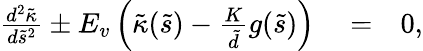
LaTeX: \begin{array}{rlr}{\frac{d^{2}\tilde{\kappa}}{d\tilde{s}^{2}}\pm E_{v}\left(\tilde{\kappa}(\tilde{s})-\frac{K}{\tilde{d}}g(\tilde{s})\right)}&{{}=}&{0,}\end{array}